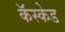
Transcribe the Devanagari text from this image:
कॅस्केड